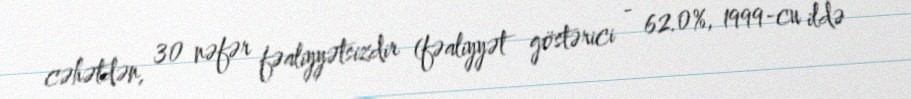
cəhətdən, 30 nəfər fəaliyyətsizdir (fəaliyyət göstərici - 62.0%, 1999-cu ildə -